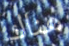
هناك